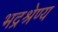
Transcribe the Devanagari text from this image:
भद्रश्रेण्य